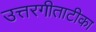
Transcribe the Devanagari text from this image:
उत्तरगीताटीका